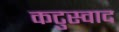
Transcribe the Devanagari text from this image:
कटुस्वाद